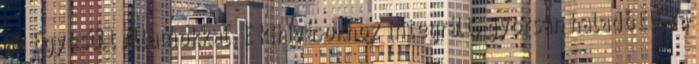
az Egyesült Államokkal. E kihívásokhoz integrált, gyorsan haladó EU-ra